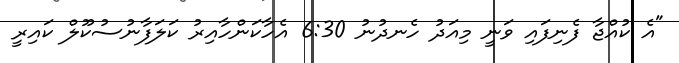
"އެ ކުއްޖާ ފެނިފައި ވަނީ މިއަދު ހެނދުނު 6:30 އެހާކަންހާއިރު ކަލަފާނުސުކޫލް ކައިރީ